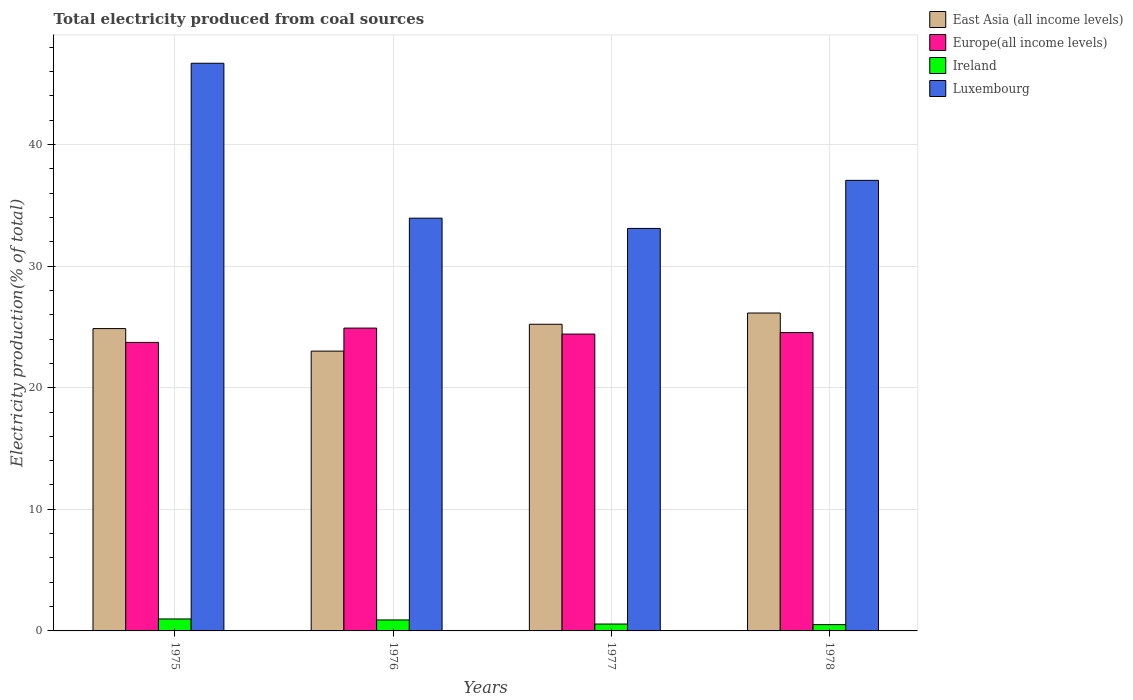
| Years | East Asia (all income levels) | Europe(all income levels) | Ireland | Luxembourg |
 | --- | --- | --- | --- | --- |
 | 1975 | 24.9 | 23.7 | 0.984 | 46.7 |
 | 1976 | 23 | 24.9 | 0.903 | 33.9 |
 | 1977 | 25.2 | 24.4 | 0.565 | 33.1 |
 | 1978 | 26.1 | 24.5 | 0.518 | 37.1 |